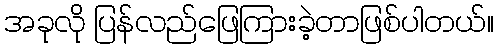
အခုလို ပြန်လည်ဖြေကြားခဲ့တာဖြစ်ပါတယ်။